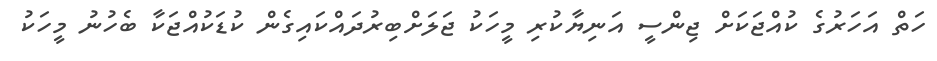
ހަތް އަހަރުގެ ކުއްޖަކަށް ޖިންސީ އަނިޔާކުރި މީހަކު ޖަލަށްބިރުދައްކައިގެން ކުޑަކުއްޖަކާ ބެހުނު މީހަކު